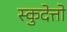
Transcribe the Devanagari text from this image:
स्कुदेत्तो